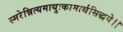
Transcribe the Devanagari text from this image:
स्मरेन्नित्यमायुःकामार्थसिद्धये।।